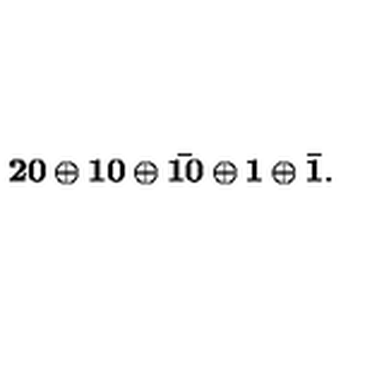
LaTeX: \bf 2 0 \oplus 1 0 \oplus \bar { 1 0 } \oplus 1 \oplus \bar { 1 } .